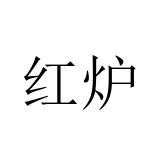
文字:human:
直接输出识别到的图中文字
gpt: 红炉